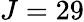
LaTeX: J=29